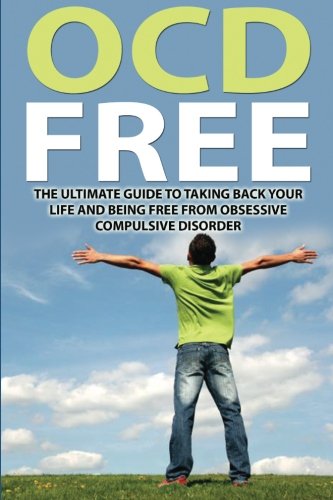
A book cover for OCD Free: The Ultimate Guide To Taking Back Your Life and Being Free from Obsessive Compulsive Disorder; Jim Hall; Health, Fitness & Dieting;